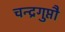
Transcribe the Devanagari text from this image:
चन्द्रगुप्तौ